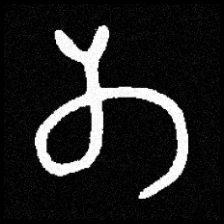
Pyu character \u2014 Myanmar letter: တ (romanized: ta)